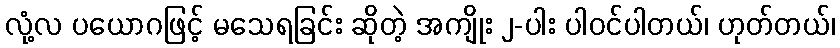
လုံ့လ ပယောဂဖြင့် မသေရခြင်း ဆိုတဲ့ အကျိုး ၂-ပါး ပါဝင်ပါတယ်၊ ဟုတ်တယ်၊